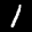
Label: 1